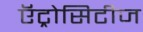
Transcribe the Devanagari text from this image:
ऍट्रोसिटीज